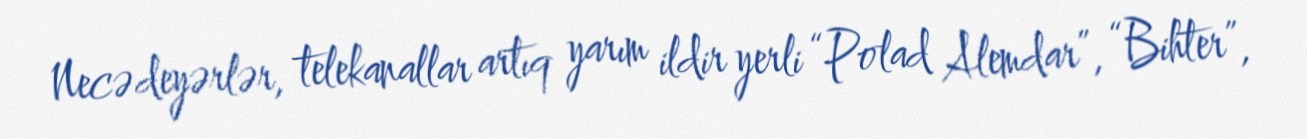
Necə deyərlər, telekanallar artıq yarım ildir yerli “Polad Alemdar”, “Bihter”,